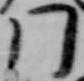
門